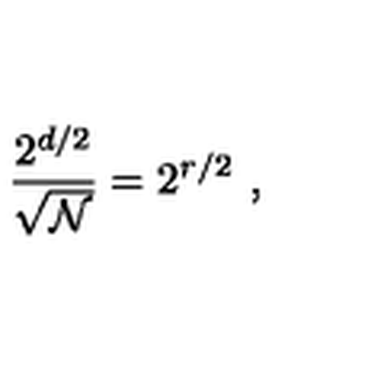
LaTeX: { \frac { 2 ^ { d / 2 } } { \sqrt { \cal N } } } = 2 ^ { r / 2 } \ ,